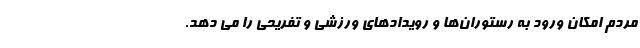
مردم امکان ورود به رستوران‌ها و رویدادهای ورزشی و تفریحی را می دهد.